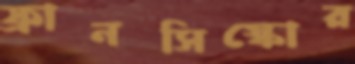
ফ্রানসিস্কোর